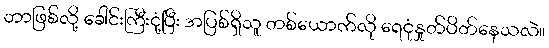
ဘာဖြစ်လို့ ခေါင်းကြီးငုံ့ပြီး အပြစ်ရှိသူ တစ်ယောက်လို ရေငုံနှုတ်ပိတ်နေသလဲ။